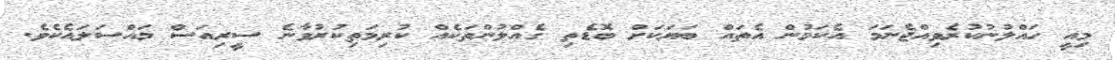
މިއީ ހައްލުނުކުރެވިއްޖެނަމަ އެކަމުން އެތައް ބަޔަކަށް ބޮޑެތި ގެއްލުންތަކެއް ކުރިމަތިކުރުވާނެ ސީރިއަސް މައްސަލައެކެވެ.